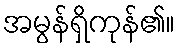
အမွန်ရှိကုန်၏။